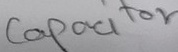
Text: Capacitor